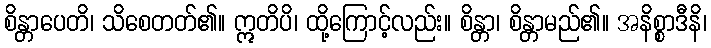
စိန္တာပေတိ၊ သိစေတတ်၏။ ဣတိပိ၊ ထို့ကြောင့်လည်း။ စိန္တာ၊ စိန္တာမည်၏။ အနိစ္စာဒီနိ၊